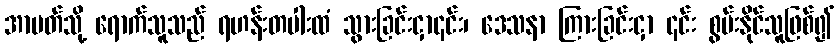
အာပတ်သို့ ရောက်သူသည် ရဟန်းတပါးထံ သွားခြင်းငှာ၎င်း၊ ဒေသနာ ကြားခြင်းငှာ ၎င်း စွမ်းနိုင်သူဖြစ်၍